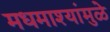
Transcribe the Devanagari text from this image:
मधमाश्यांमुळे